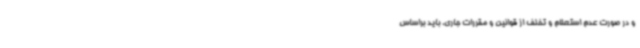
و در صورت عدم استعلام و تخلف از قوانین و مقررات جاری، باید براساس